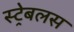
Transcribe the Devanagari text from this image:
स्ट्रेबलस